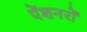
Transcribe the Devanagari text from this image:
पेंशनरों